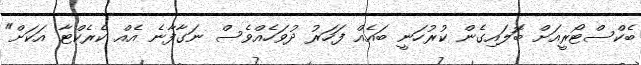
ބެކްސްޓޯރީއަށް ބަޮލައިގެން ކުރުހަނީ ބައެއް ފަހަރު ދުވަހެއްވެސް ނަގާފާނެ އެއް ކެރެކްޓާ އަކަށް"